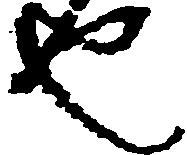
也